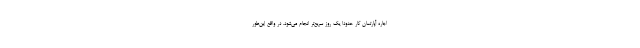
اجاره آپارتمان کار حدودا یک روز سریع‌تر انجام می‌شود. در واقع این‌طور